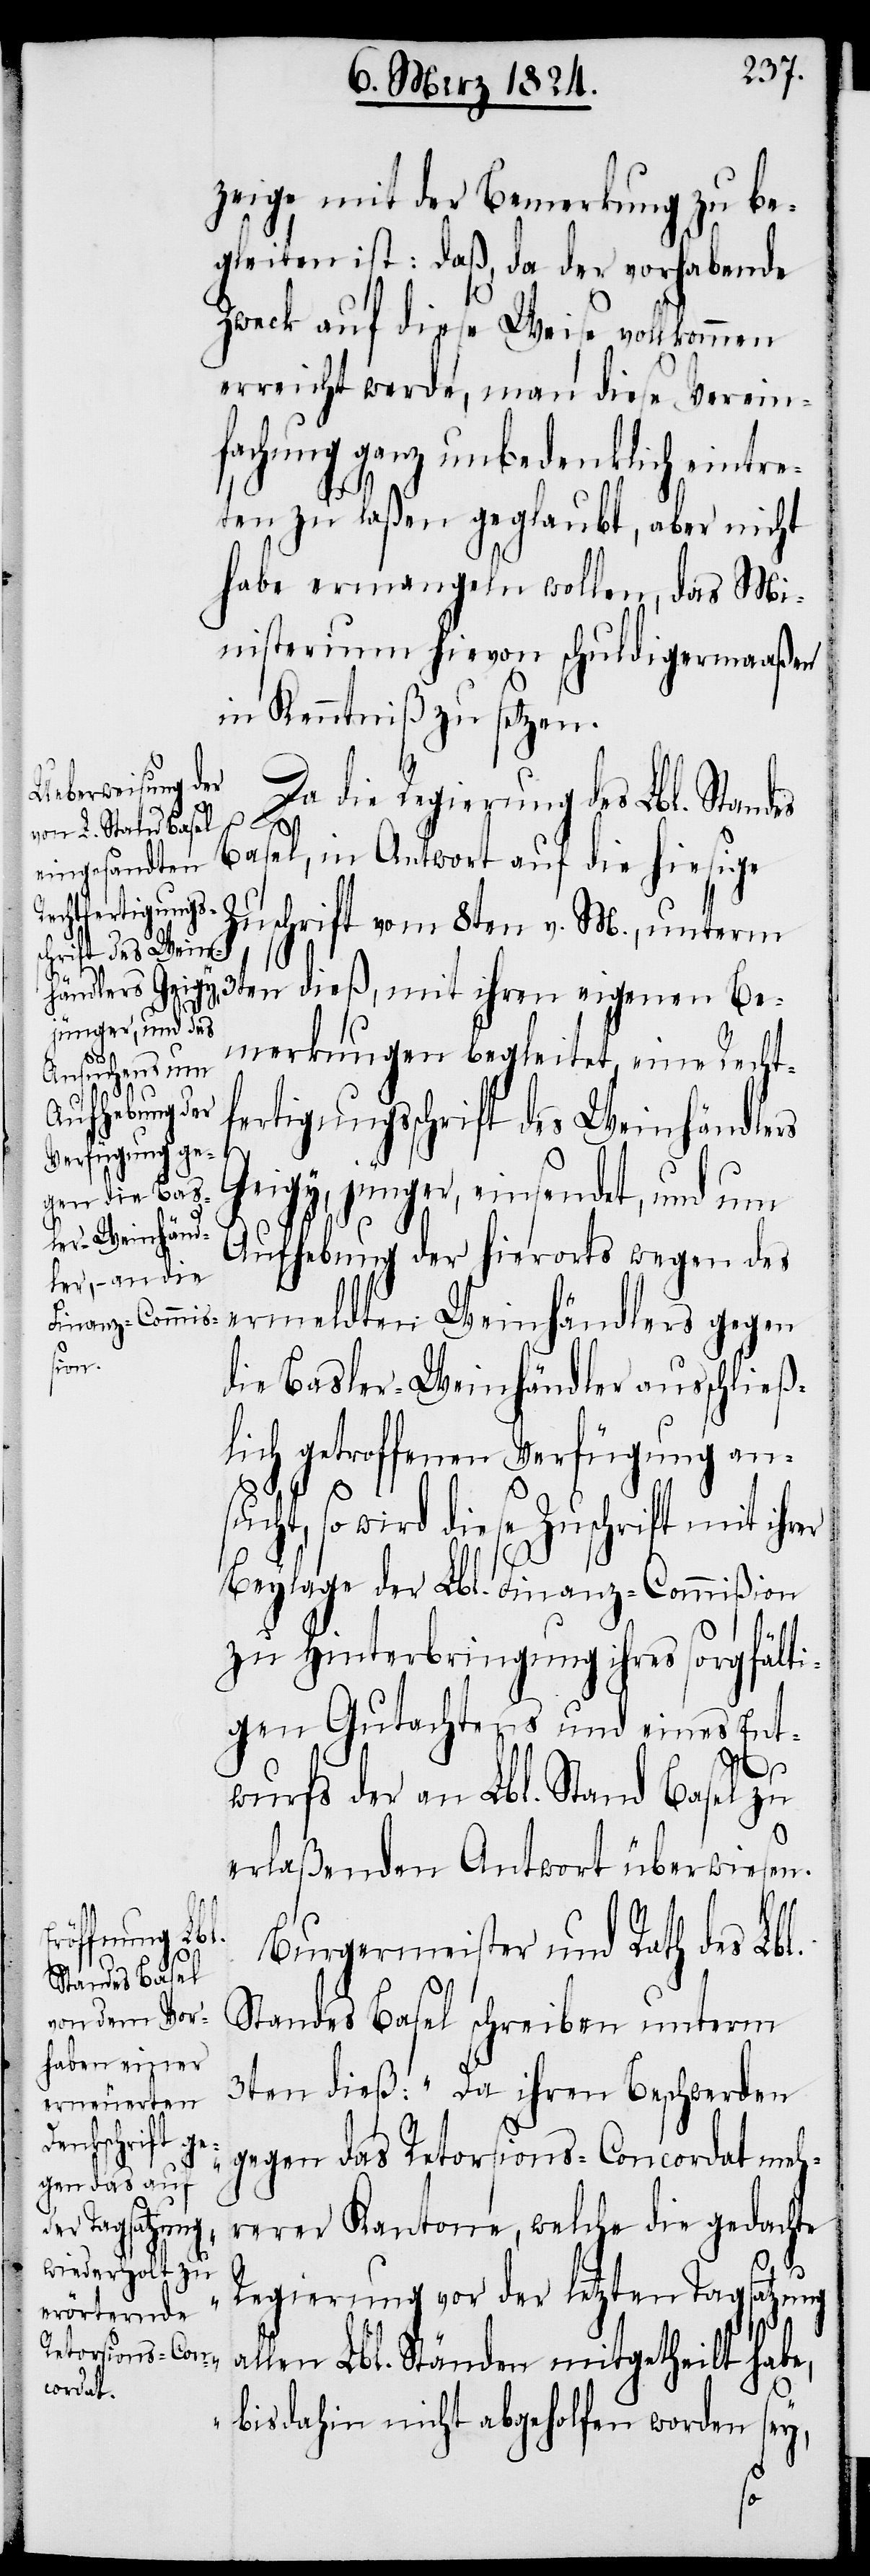
zeige mit der Bemerkung zu be¬
gleiten ist: daß, da der vorhabende
Zweck auf diese Weise vollkommen
erreicht werde, man diese Verein¬
fachung ganz unbedenklich eintre¬
ten zu laßen geglaubt, aber nicht
habe ermangeln wollen, das Mi¬
nisterium hievon schuldigermaaßen
in Kenntniß zu setzen.
Da die Regierung des Lbl. Standes
Basel, in Antwort auf die hiesige
Zuschrift vom 8ten v. M., unterm
3ten dieß, mit ihren eigenen Be¬
merkungen begleitet, eine Recht¬
fertigungsschrift des Weinhändlers
Geigy, jünger, einsendet, und um
Aufhebung der hierorts wegen des
ermeldten Weinhändlers gegen
die Basler-Weinhändler ausschließ¬
lich getroffenen Verfügung an¬
sucht, so wird diese Zuschrift mit ihrer
Beylage der Lbl. Finanz-Commißion
zu Hinterbringung ihres sorgfälti¬
gen Gutachtens und eines Ent¬
wurfs der an Lbl. Stand Basel zu
erlaßenden Antwort überweisen.
Burgermeister und Rath des Lbl.
Standes Basel schreiben unterm
3ten dieß: „Da ihren Beschwerden
gegen das Retorsions-Concordat meh¬
rerer Kantone, welche die gedachte
Regierung vor der letzten Tagsatzung
allen Lbl. Ständen mitgetheilt habe,
bisdahin nicht abgeholfen worden sey,